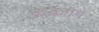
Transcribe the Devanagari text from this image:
कब्ज़ाने